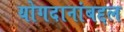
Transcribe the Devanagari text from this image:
योगदानांबद्दल